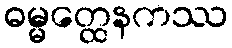
ဓမ္မတ္ထေနကဿ